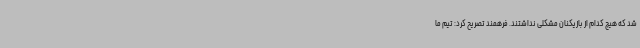
شد که هیچ کدام از بازیکنان مشکلی نداشتند. فرهمند تصریح کرد: تیم ما